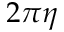
2 \pi \eta